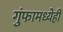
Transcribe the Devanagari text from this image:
गुंफामध्येही